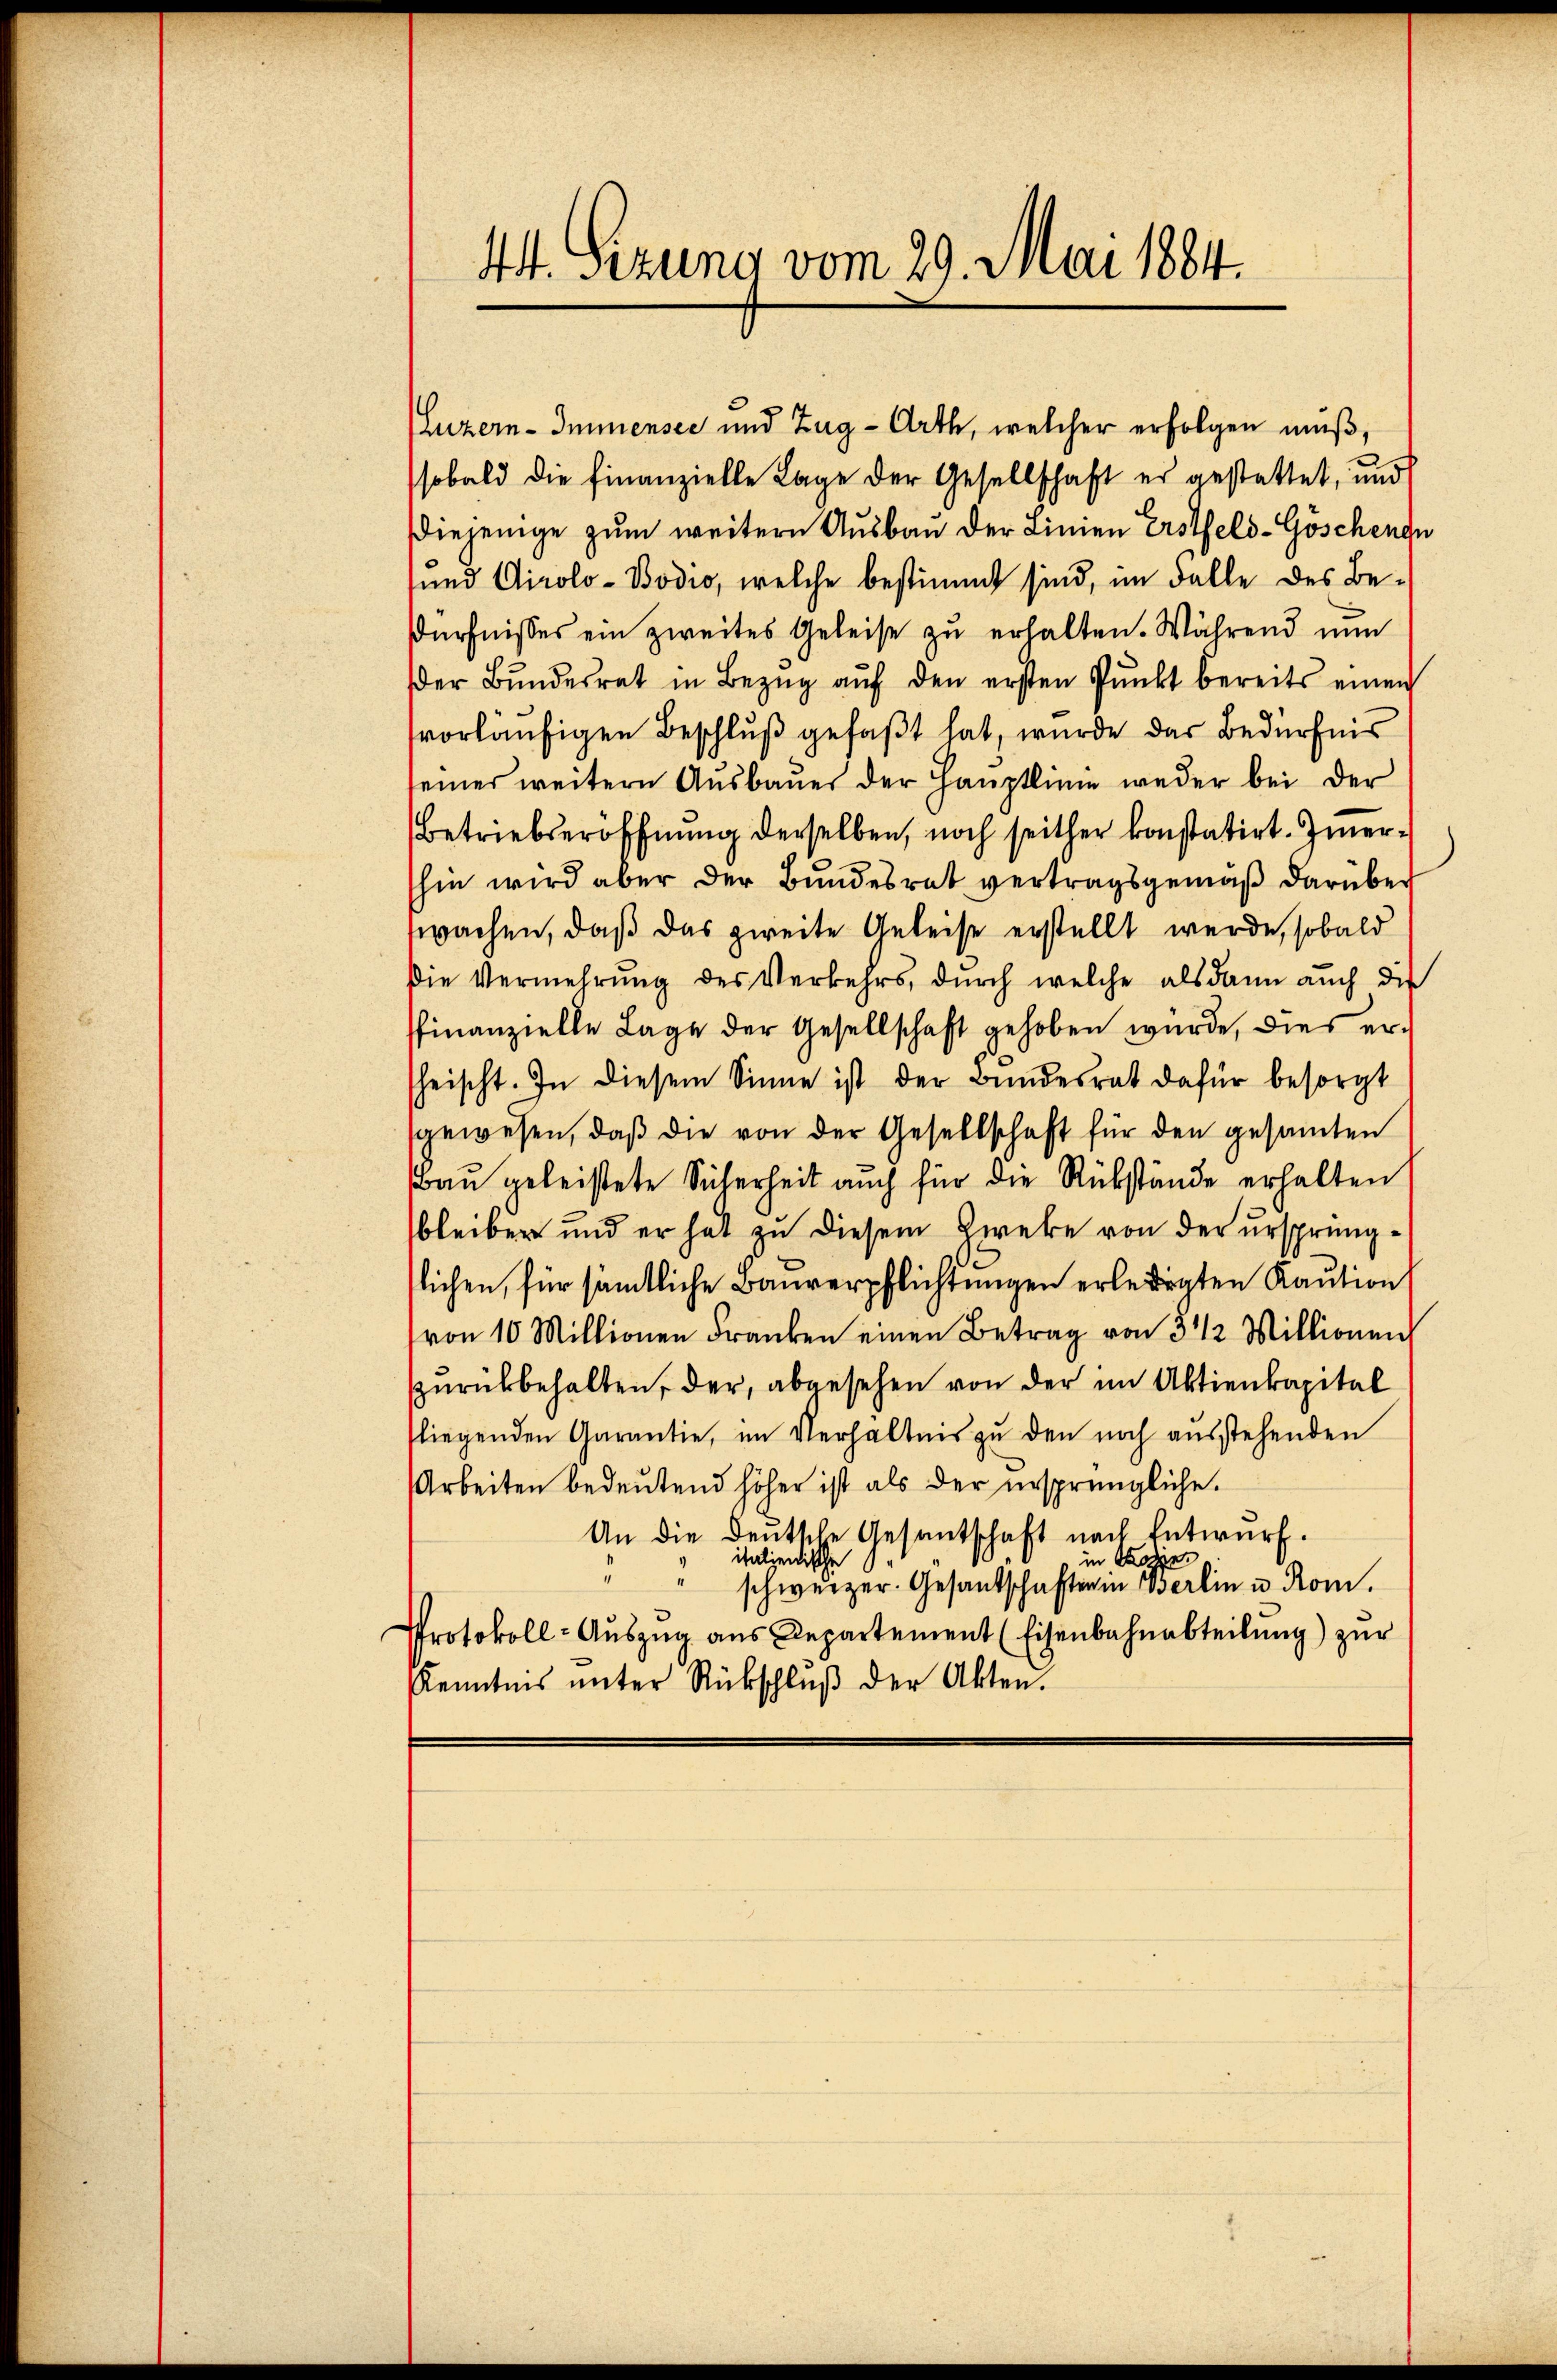
(Luzern- Immensee und Zug-Arth, welcher erfolgen muß,
sobald die finanzielle Lage der Gesellschaft er gestattet, und
Diejenige zum weitern Ausbau der Linien Erstfeld-Göschengu
und Airolo-Bodio, welche bestimmt sind, im Falle des Be-
dürfnisses ein zweites Geleise zŭ erhalten. Während nun
der Bŭndesrat in Bezŭg aŭf den ersten Pŭnkt bereits einen
vorläufigen Beschluß gefaßt hat, wurde das Bedürfnis
seiner weitern Aŭsbaŭer der Hauptlinie weder bei der
Betriebseröffnung derselben, noch seither konstatirt. Ziershin wird aber der Bundesrat vertragsgemäß darüber
wachen, daß das zweite Geleise erstellt werde, sobald
die Vermehrŭng des Verkehrs, dŭrch welche alsdann auch die
finanzielle Lage der Gesellschaft gehoben würde, dies erheischt. In diesem Sinne ist der Bundesrat dafür besorgt
sgewesen, daβ die von der Gesellschaft für den gesamten
Bau geleistete Sicherheit auch für die Rükstände erhalten
bleiber und er hat zu diesem Zwecke von der ursprüngflichen, für sämtliche Bauverpflichtungen erledigten Kaution
von 10 Millionen Franken einen Betrag von 3 1/2 Millionen
zurückbehalten, der, abgesehen von der im Aktienkapital
fliegenden Garantie, im Verhältnis zŭ den noch aŭsstehenden
Arbeiten bedeutend höher ist als der ursprüngliche
An die deutsche Gesantschaft nach Entwurf.
in Con
italienische
" schweizer. Gesandschaften in Berlin u. Rom.
Protokoll- Auszug aus Departement (Eisenbahnabteilung) zur
Kenntnis ŭnter Rückschlŭβ der Akten.

44. Sezung vom 29. Mai 1884.